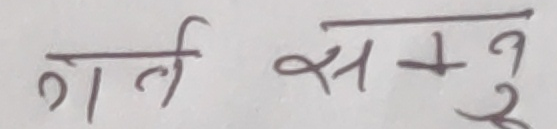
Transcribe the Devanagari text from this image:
गर्ल स-जु